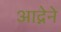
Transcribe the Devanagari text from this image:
आद्नेने